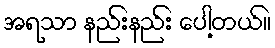
အရသာ နည်းနည်း ပေါ့တယ်။